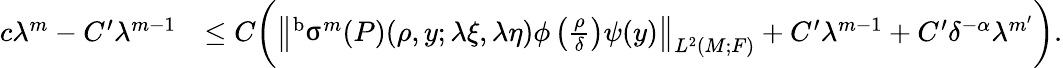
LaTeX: \begin{array}{rl}{c\lambda^{m}-C^{\prime}\lambda^{m-1}}&{\leq C\biggr(\left\| ^{\mathrm{b}}\upsigma^{m}(P)(\rho,y;\lambda\xi,\lambda\eta)\phi\left(\frac{\rho}{\delta}\right)\psi(y)\right\| _{L^{2}(M;F)}+C^{\prime}\lambda^{m-1}+C^{\prime}\delta^{-\alpha}\lambda^{m^{\prime}}\biggr).}\end{array}